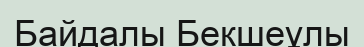
Байдалы Бекшеұлы